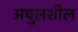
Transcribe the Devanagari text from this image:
अघुलशील